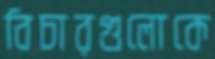
বিচারগুলোকে